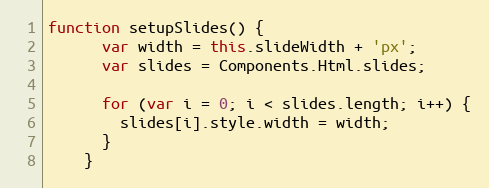
Language: JavaScript
function setupSlides() {
      var width = this.slideWidth + 'px';
      var slides = Components.Html.slides;

      for (var i = 0; i < slides.length; i++) {
        slides[i].style.width = width;
      }
    }